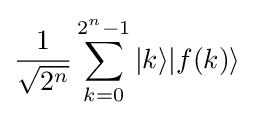
{\frac {1}{\sqrt {2^{n}}}}\sum _{k=0}^{2^{n}-1}|k\rangle |f(k)\rangle